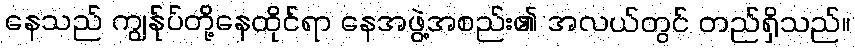
နေသည် ကျွန်ုပ်တို့နေထိုင်ရာ နေအဖွဲ့အစည်း၏ အလယ်တွင် တည်ရှိသည်။